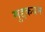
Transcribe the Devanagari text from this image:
मुद्दकयम